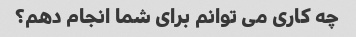
چه کاری می توانم برای شما انجام دهم؟